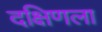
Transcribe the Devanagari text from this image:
दक्षिणला